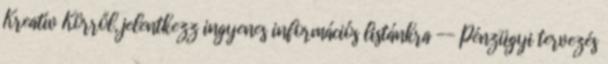
Kreatív Körről, jelentkezz ingyenes információs listánkra -- Pénzügyi tervezés